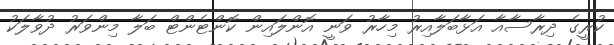
ކުރީގެ ދިރާސާއާ އަޅާބަލާއިރު މިހާރު ވަނީ އޮންލައިން ކޮންޓެންޓް ބަލާ މިންވަރު ދުވާލަކު